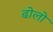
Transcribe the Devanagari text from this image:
ढोलो